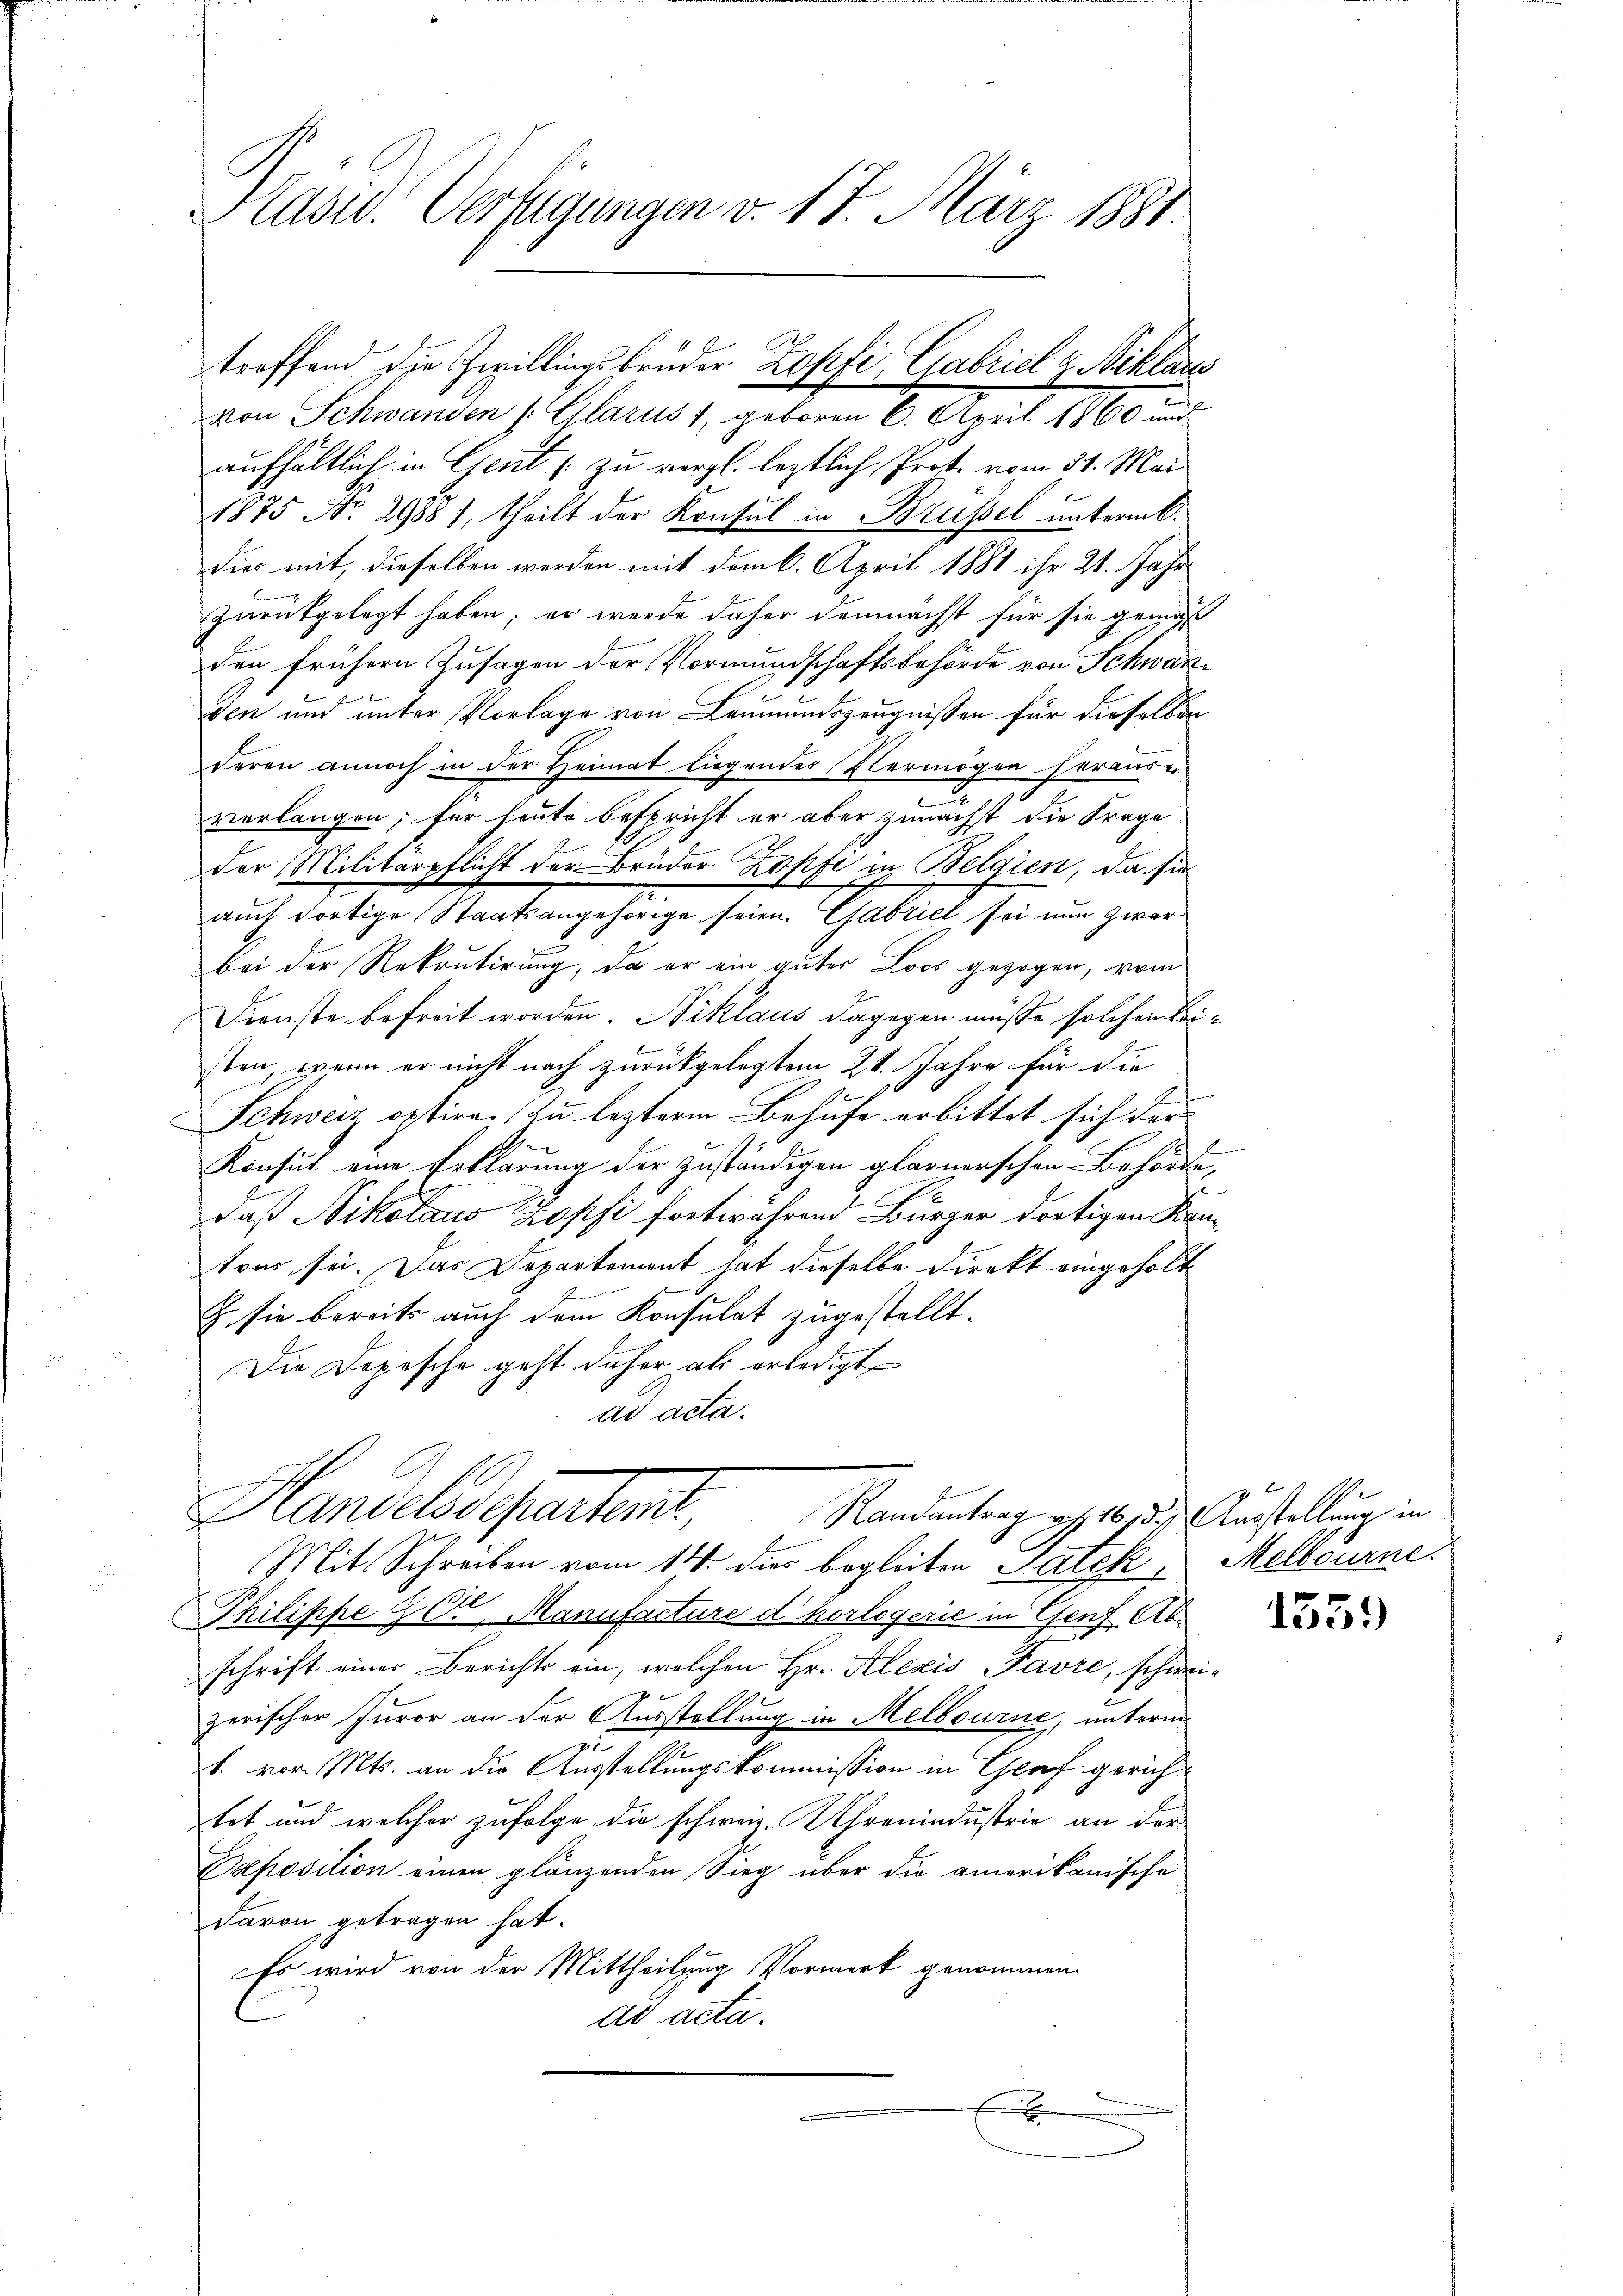
C
Plast. Verfügungen v. 17. März 1881.

von Schwanden (Glarus 1, geboren 6. April 1860 und
aufhältlich in Gent zu vergl. leztlich Prot. vom 31. Mai
1875 No. 2988), theilt der Konsul in Brüssel untermk.
dies mit, dieselben werden mit dem 6. April 1881 ihr 21. Jahr
zurückgelegt haben; er wurde daher demnächst für sie gemäß
den frühern Zusagen der Vormundschaftsbehörde von Schwarzden und unter Vorlage von Leumundszeugnissen für dieselben
deren annoch in der Heimat liegendes Vermögen herande
verlangen; für heute bespricht er aber zunächst die Frage
der Militärpflicht der Brüder Zopfi in Belgien, da sie
auch dortige Staatsangehörige seien. Gabriel sei nun zwar
bei der Rekrutirung, da er ein gutes Loos gezogen, vom
Dienste befreit worden. Niklaus dagegen müsse solchen beisten, wenn er nicht nach zurückgelegtem 21. Jahre für die
Schweiz optire (zu lezterm Behufe erbittet sich der
f
Konsul eine Erklärung der zuständigen glarnerschen Behörde,
daß Nikolaus Zopfi fortwähren Bürger dortigen Kantons sei. Das Departement hat dieselbe Direkt eingeholt
G sie bereits auch dem Konsulat zugestellt.
Die Dopesche geht daher als erledigt
ad acta.

Mit Schreiben vom 14. dies begleiten Satek Melbourne
Philippe 20 Manufacture d horlsgerie in Genf Abschrift einer Berichts ein, welchen Hr. Alexis Favre, schwei¬
S.
zerischer Iuror an der Ausstellung in Melbourne, unterm
pe
s
b. vor. Mts. an die Ausstellungskommission in Graf gerichtet und welcher zufolge die schweiz. Chronindustrie an der
Deposition einen glänzenden Sieg über die amerikanische
davon getragen hat.
Es wird von der Mittheilung Vormerk genommen
ad acta.
E

troffend die Zwillingsbrüder Zopfi Gabriel z Niklaus

Handelsegentent
Randantrag v. 16. 13. Ausstellung in

2
I

1359